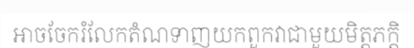
អាចចែករំលែកតំណទាញយកពួកវាជាមួយមិត្តភក្តិ